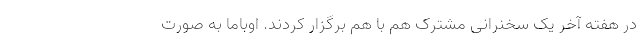
در هفته آخر یک سخنرانی مشترک هم با هم برگزار کردند. اوباما به صورت